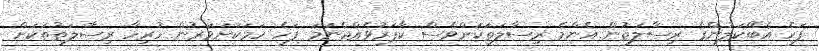
ފަހެ އެބޭކަލުންގެ ރިސާލަތުން އެންމެ ރިސާލަތަކަށްވެސް ކާފަރުވެއްޖެނަމަ ފަހެ ހަމަކަށަވަރުން ހުރިހާ ރިސާލަތުތަކަށް